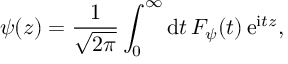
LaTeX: \psi ( z ) = { \frac { 1 } { \sqrt { 2 \pi } } } \int _ { 0 } ^ { \infty } \mathrm { d } t \, F _ { \psi } ( t ) \, \mathrm { e } ^ { \mathrm { i } t z } ,